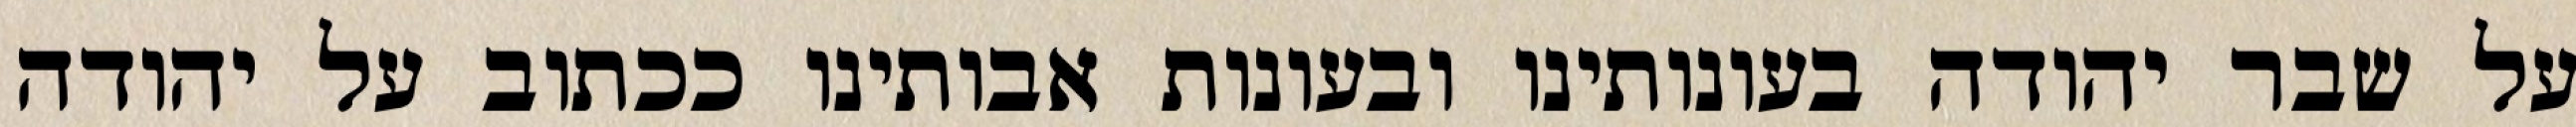
על שבר יהודה בעונותינו ובעונות אבותינו ככתוב על יהודה